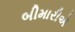
બીમારીએ